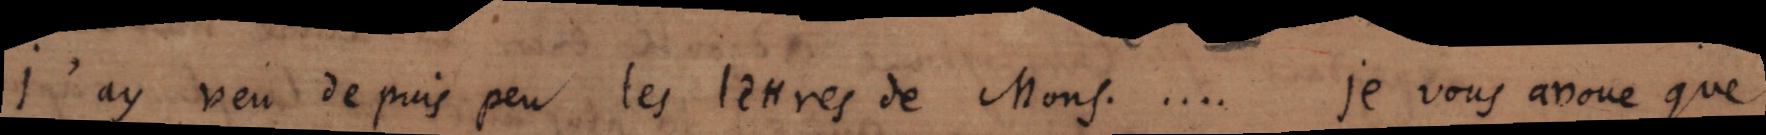
j’ay veu depuis peu les lettres de Mons. .... Je vous avoue que